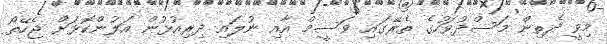
މިވީ ދެތިން މަސްދުވަހުގެ ތެރޭގައި ވަސީމް އާއި ނުލައި ދިރިއުޅުން އަލުންކޮޅަށް ޖެހޭތޯ